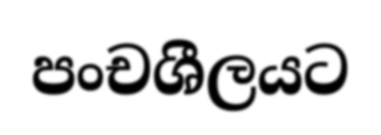
පංචශීලයට